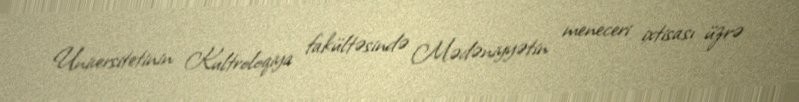
Universitetinin Kultroloqiya fakültəsində Mədəniyyətin meneceri ixtisası üzrə